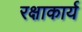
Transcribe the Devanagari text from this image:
रक्षाकार्य